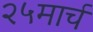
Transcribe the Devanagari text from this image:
२५मार्च